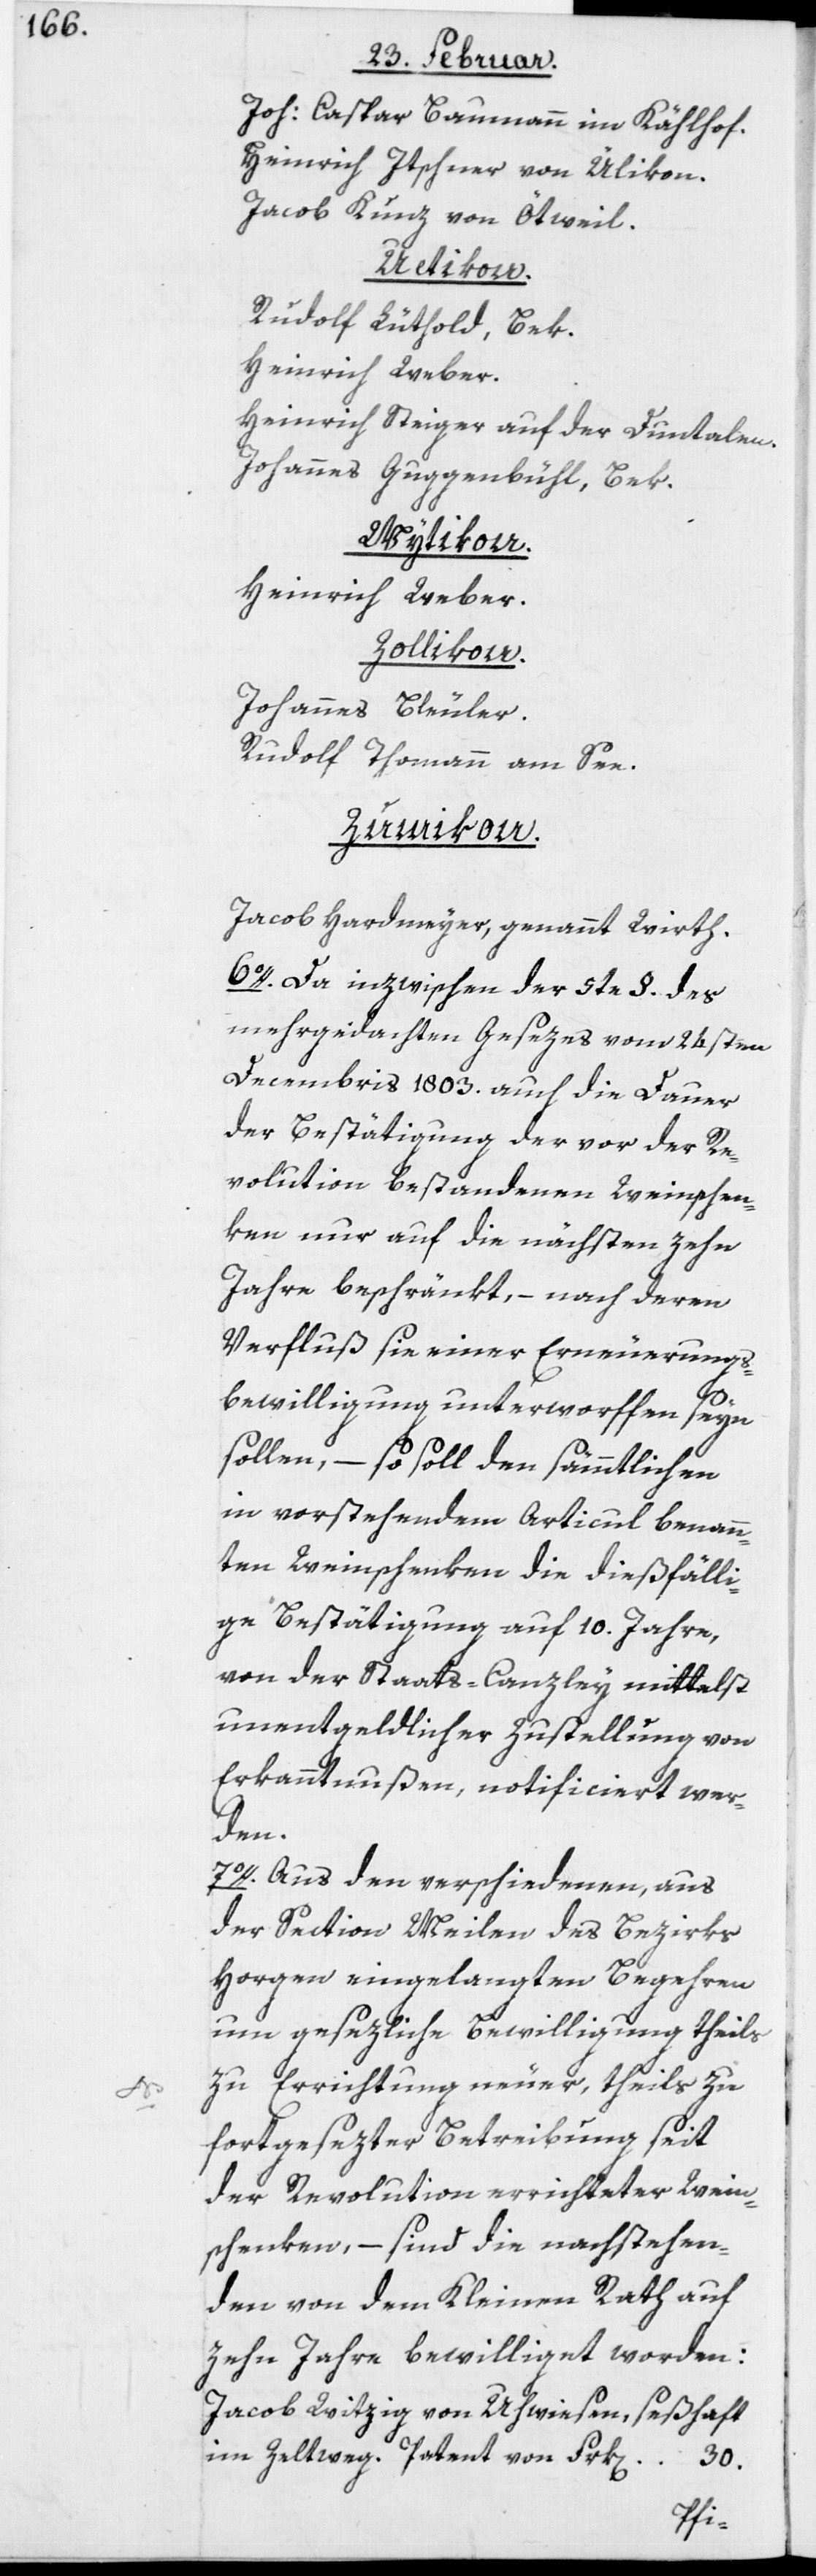
wer¬

Joh: Caspar Baumann im Kählhof.
Heinrich Itschner von Ülikon.
Jacob Kunz von Ötweil.
Zumikon.
Rudolf Lüthold, Bek.
Heinrich Weber.
Heinrich Steiger auf der Duntalen.
Johannes Guggenbühl, Bek.
Wytikon.
Heinrich Weber.
Zollikon.
Johannes Bleuler.
Rudolf Thomann am See.
Jacob Hardmeyer, genannt Wirth.
6o. Da inzwischen der 5te §. des
mehrgedachten Gesezes vom 24sten
Decembris 1803. auch die Dauer
der Bestätigung der vor der Re¬
volution bestandenen Weinschen¬
ken nur auf die nächsten zehn
Jahre beschränkt, – nach deren
Verfluß sie einer Erneuerungs¬
bewilligung unterworffen seyn
sollen, – so soll den sämmtlichen
in vorstehendem Articul benann¬
ten Weinschenken die dießfälli¬
ge Bestätigung auf 10. Jahre,
von der Staats-Canzley mittelst
unentgeldlicher Zustellung von
den.
7o. Aus den verschiedenen, aus
der Section Meilen des Bezirks
Horgen eingelangten Begehren
um gesezliche Bewilligung theils
zu Errichtung neuer, theils zu
fortgesezter Betreibung seit
der Revolution errichteter Wein¬
schenken, – sind die nachstehen¬
den von dem Kleinen Rath auf
zehn Jahre bewilliget worden:
Jacob Witzig von Uhwiesen, seßhaft
im Zeltweg. Patent von Frk[en]. 30.